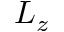
L _ { z }